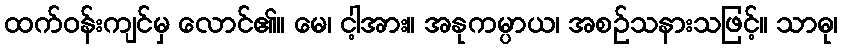
ထက်ဝန်းကျင်မှ လောင်၏။ မေ၊ ငါ့အား။ အနုကမ္ပာယ၊ အစဉ်သနားသဖြင့်။ သာဓု၊